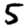
Digit: 5